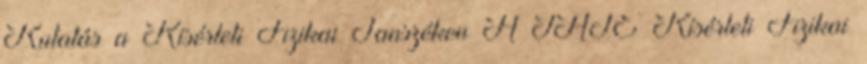
Kutatás a Kísérleti Fizikai Tanszéken A JATE Kísérleti Fizikai